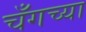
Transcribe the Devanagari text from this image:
चँगच्या